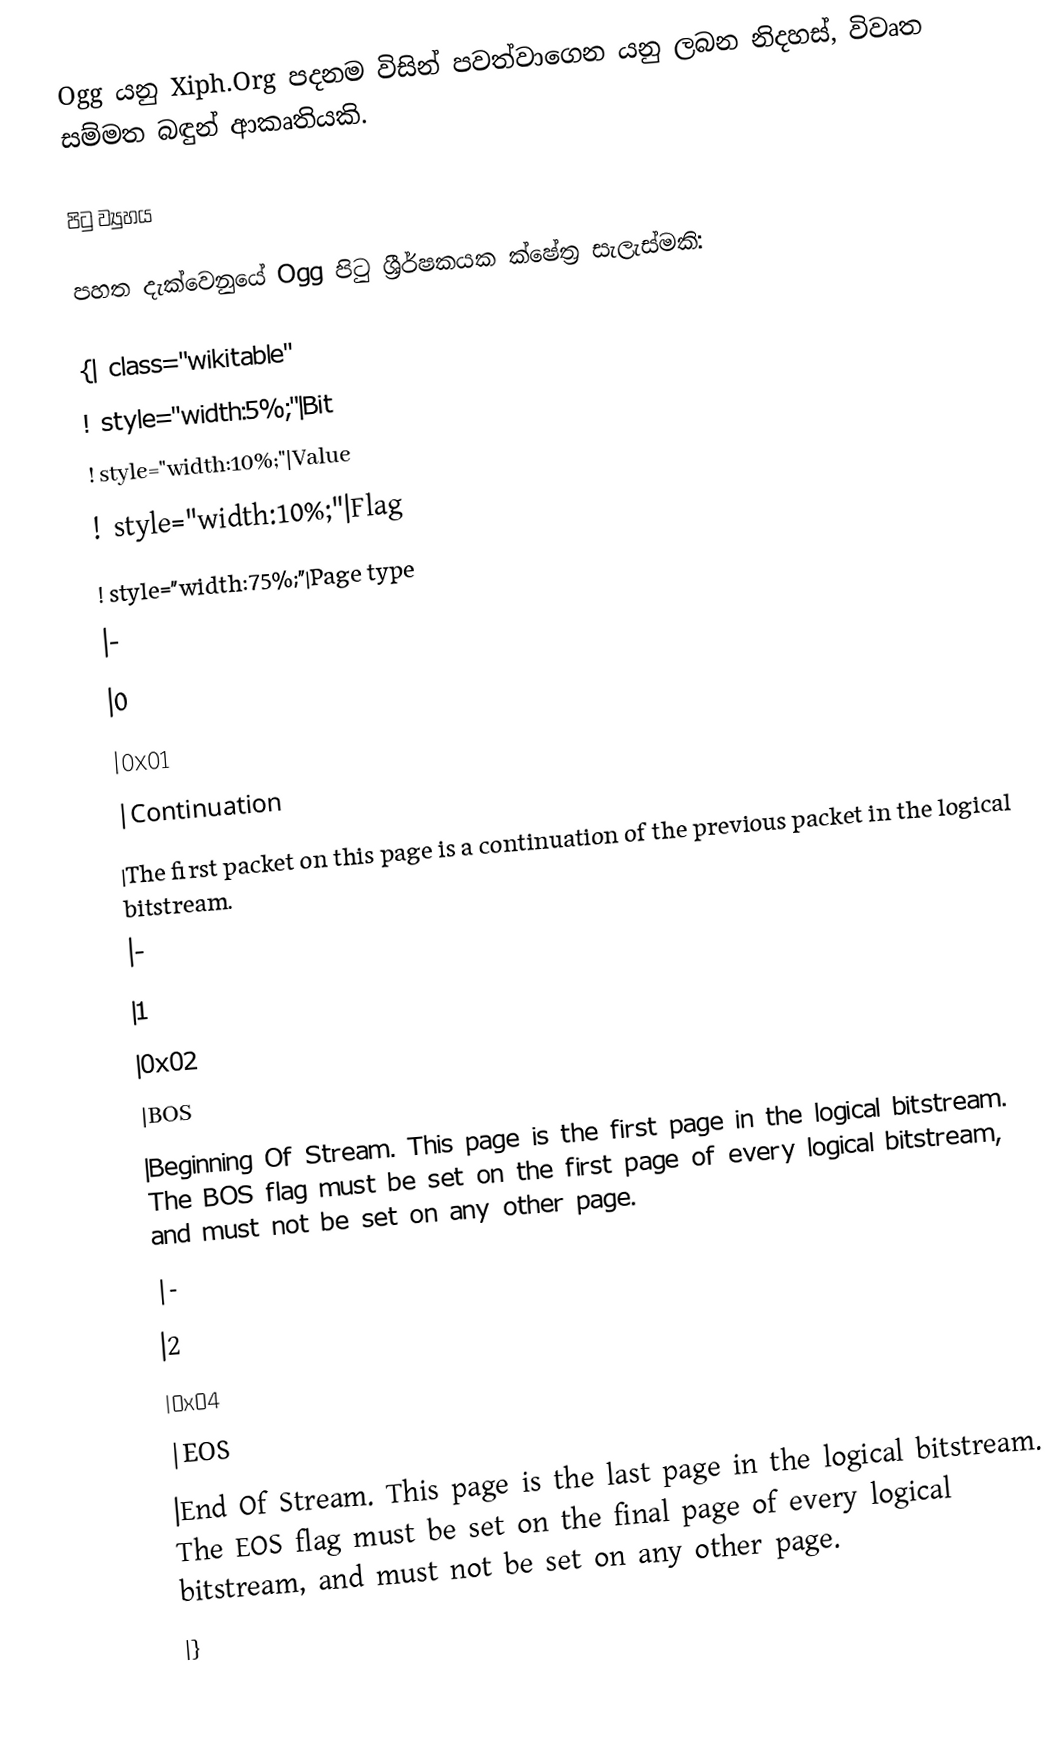
Ogg යනු Xiph.Org පදනම විසින් පවත්වාගෙන යනු ලබන නිදහස්, විවෘත 	සම්මත බඳුන් ආකෘතියකි.

පිටු ව්‍යුහය

පහත දැක්වෙනුයේ Ogg පිටු ශ්‍රීර්ෂකයක ක්ෂේත්‍ර සැලැස්මකි:

{| class="wikitable"
! style="width:5%;"|Bit
! style="width:10%;"|Value
! style="width:10%;"|Flag
! style="width:75%;"|Page type
|-
|0
|0x01
|Continuation
|The first packet on this page is a continuation of the previous packet in the logical bitstream.
|-
|1
|0x02
|BOS
|Beginning Of Stream. This page is the first page in the logical bitstream. The BOS flag must be set on the first page of every logical bitstream, and must not be set on any other page.
|-
|2
|0x04
|EOS
|End Of Stream. This page is the last page in the logical bitstream. The EOS flag must be set on the final page of every logical bitstream, and must not be set on any other page.
|}